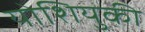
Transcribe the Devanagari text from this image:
योशियुकी